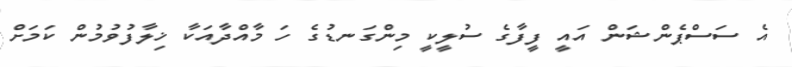
އެ ސަސްޕެންޝަން އައީ ފީފާގެ ސުލީކީ މިންގަނޑުގެ ހަ މާއްދާއަކާ ޚިލާފުވުމުން ކަމަށް